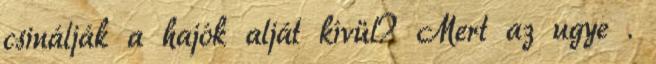
csinálják a hajók alját kívül? Mert az ugye .